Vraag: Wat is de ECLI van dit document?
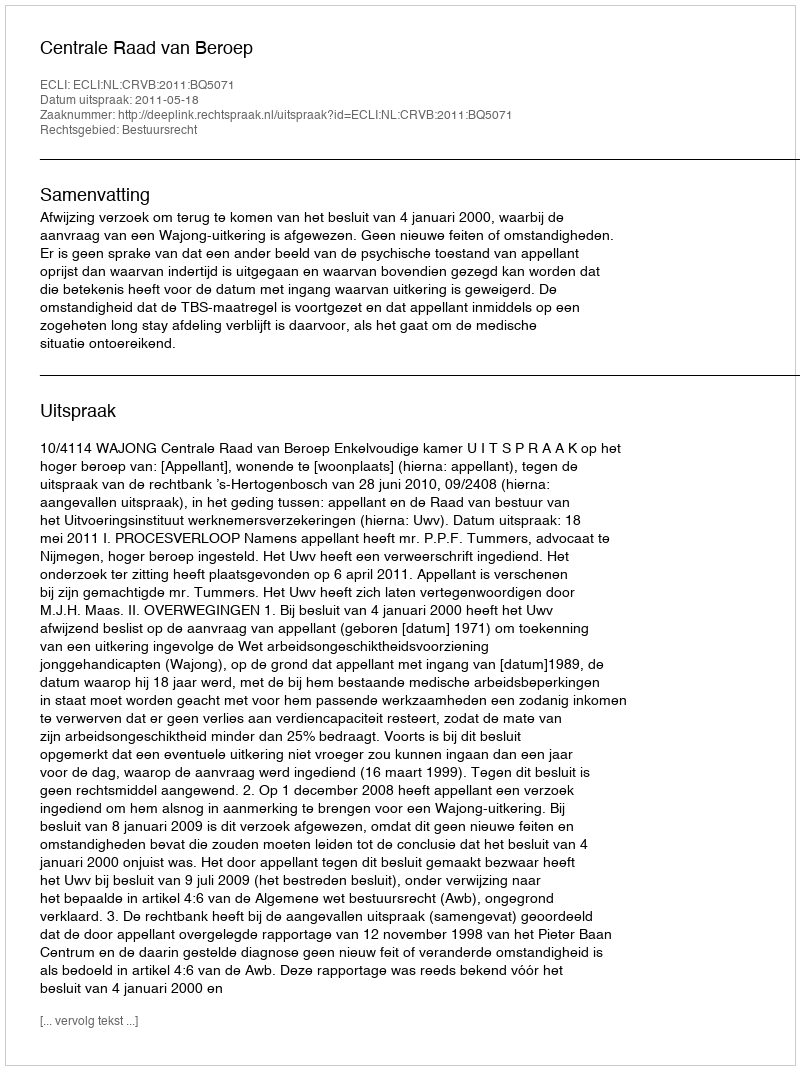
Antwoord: ECLI:NL:CRVB:2011:BQ5071